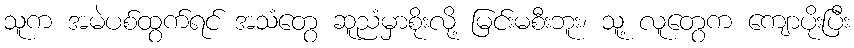
သူက အမဲပစ်ထွက်ရင် အသံတွေ ဆူညံမှာစိုးလို့ မြင်းမစီးဘူး၊ သူ့ လူတွေက ကျောပိုးပြီး